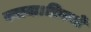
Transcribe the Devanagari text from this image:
बनाया।फ़िल्मों